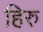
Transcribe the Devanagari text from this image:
हिरु